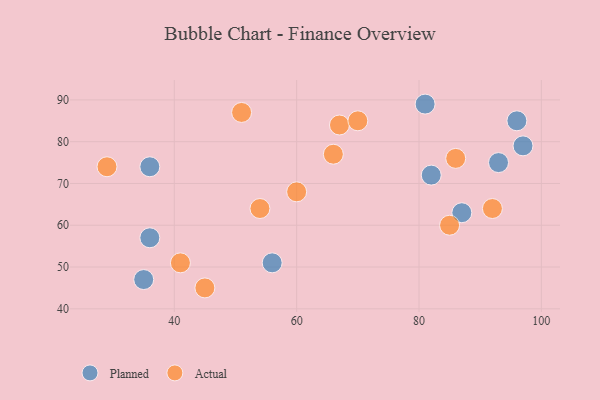
{"axis": {"x": "GDP", "y": "Life Expectancy"}, "legend": ["Actual", "Planned"], "data": [{"x": "81", "y": 89, "type": "Planned"}, {"x": "36", "y": 57, "type": "Planned"}, {"x": "35", "y": 47, "type": "Planned"}, {"x": "87", "y": 63, "type": "Planned"}, {"x": "97", "y": 79, "type": "Planned"}, {"x": "36", "y": 74, "type": "Planned"}, {"x": "82", "y": 72, "type": "Planned"}, {"x": "93", "y": 75, "type": "Planned"}, {"x": "56", "y": 51, "type": "Planned"}, {"x": "96", "y": 85, "type": "Planned"}, {"x": "66", "y": 77, "type": "Actual"}, {"x": "85", "y": 60, "type": "Actual"}, {"x": "45", "y": 45, "type": "Actual"}, {"x": "54", "y": 64, "type": "Actual"}, {"x": "67", "y": 84, "type": "Actual"}, {"x": "86", "y": 76, "type": "Actual"}, {"x": "92", "y": 64, "type": "Actual"}, {"x": "51", "y": 87, "type": "Actual"}, {"x": "29", "y": 74, "type": "Actual"}, {"x": "41", "y": 51, "type": "Actual"}, {"x": "70", "y": 85, "type": "Actual"}, {"x": "60", "y": 68, "type": "Actual"}]}